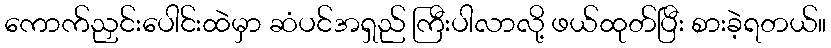
ကောက်ညှင်းပေါင်းထဲမှာ ဆံပင်အရှည် ကြီးပါလာလို့ ဖယ်ထုတ်ပြီး စားခဲ့ရတယ်။